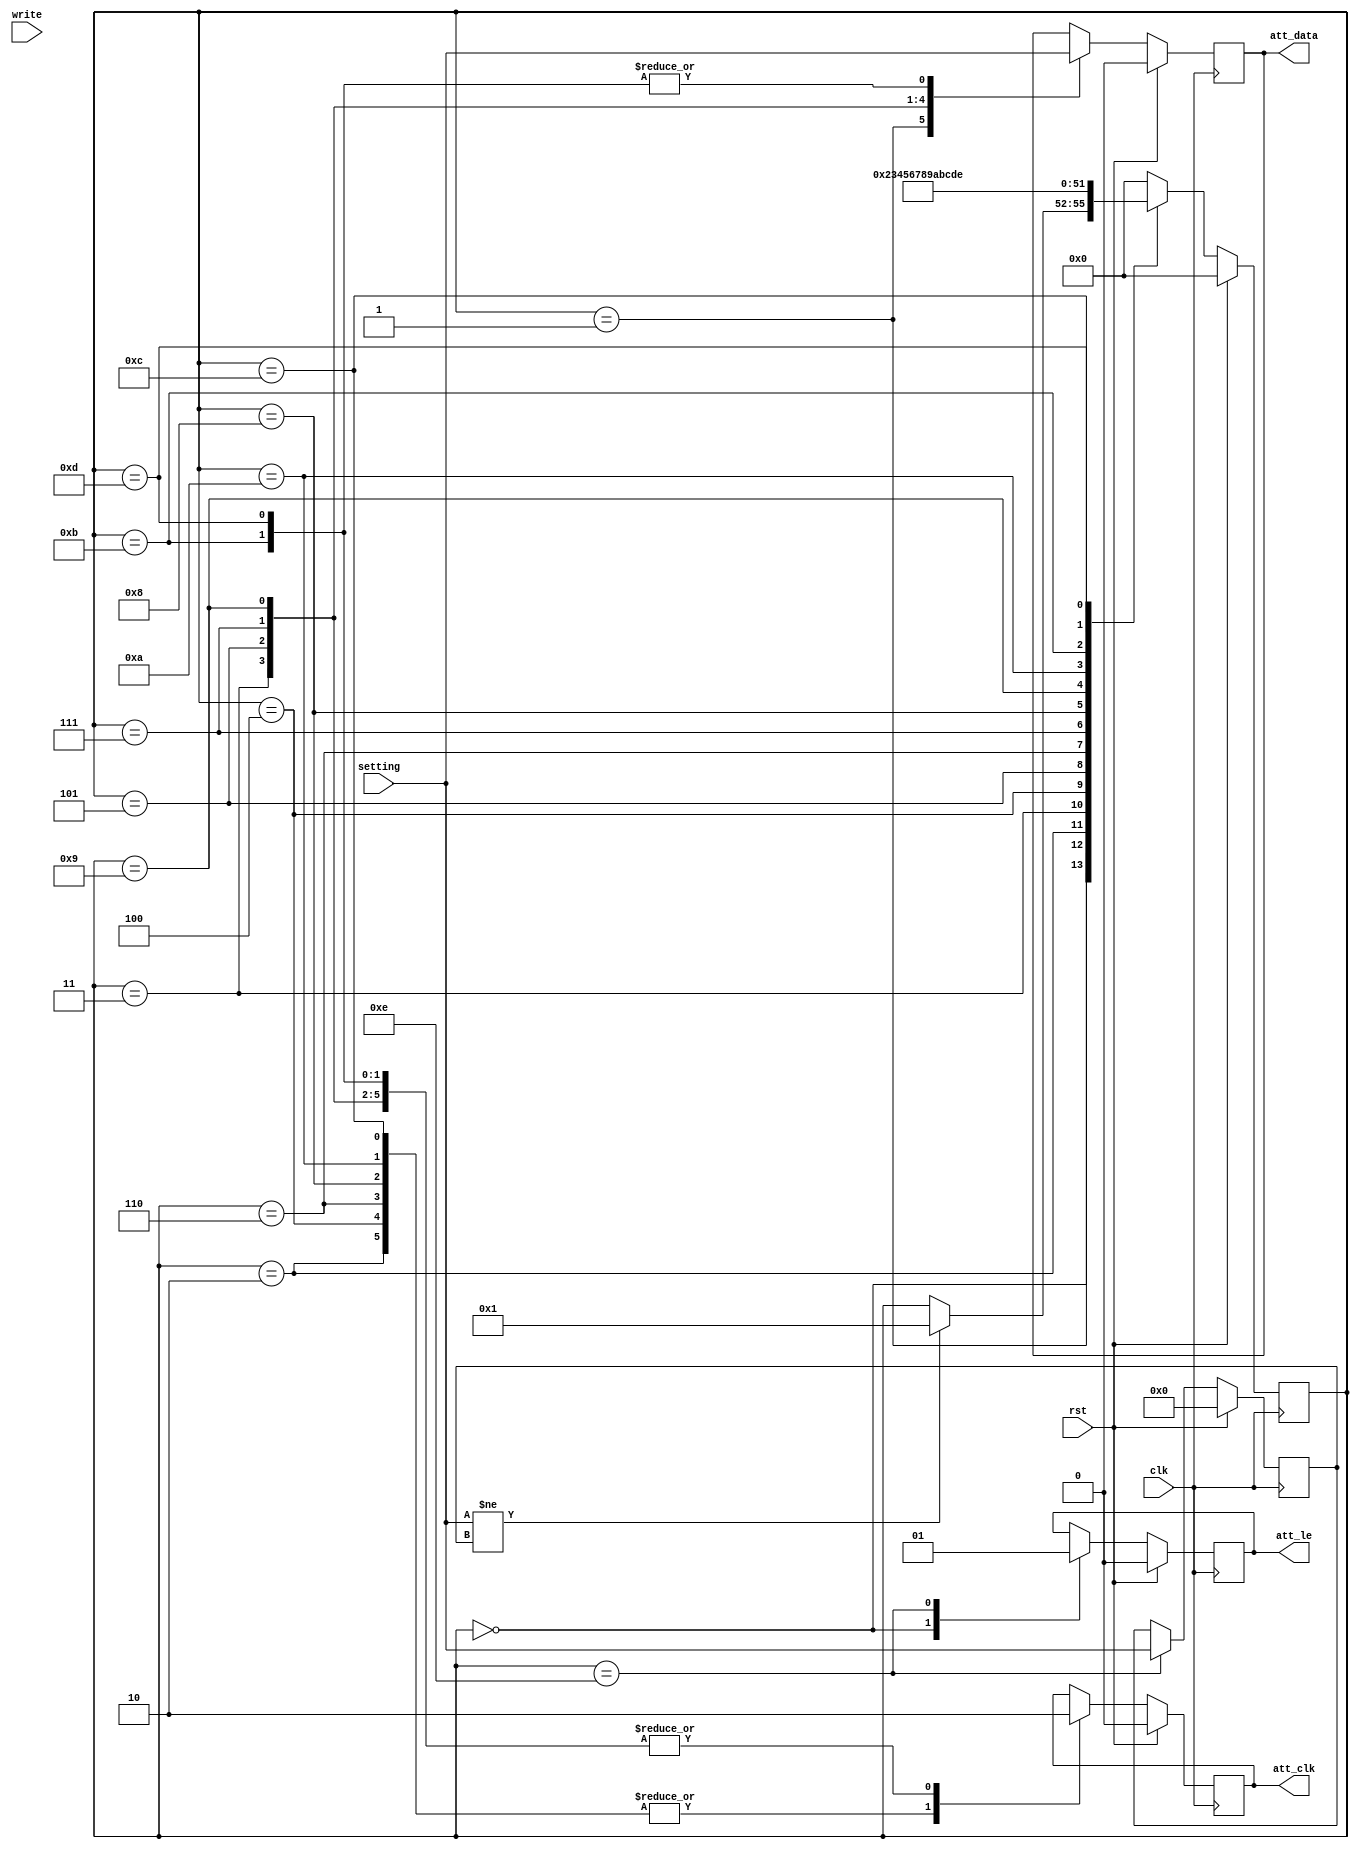
//DAT31.v: MINI-Circuit DAT-31R5-SP digital attenuator serial interface
//Shengli Liu, March27,2017


`timescale 1 ns / 1 ps

module DAT31(
	input clk, //10MHz clk
	input rst,

	input write, //one clk wide pulse,100ns
	
	output reg att_le,
	output reg att_clk,
	output reg att_data,
	
	input [5:0] setting
);

parameter idle = 0,
 		  state_1 = 1, state_1_wait = 2,
		  state_2 = 3, state_2_wait = 4,
		  state_3 = 5, state_3_wait = 6,
		  state_4 = 7, state_4_wait = 8,
		  state_5 = 9, state_5_wait = 10,
		  state_6 = 11,state_6_wait = 12,
		  state_7 = 13, state_7_wait = 14;

reg [3:0] state;
reg [5:0] old_setting;

always @(posedge clk)
begin
	if(rst)	begin att_le <= 0; att_clk <= 0; att_data <= 0; old_setting <= 0; state <= idle; end
	else 
		begin
			case(state)
			idle:
					begin
						att_le <= 0; att_clk <= 0;
						if(setting != old_setting)  state <= state_1; 
					end					
			state_1:				
				    begin 
				        att_data <= setting[5]; 
						state <= state_1_wait; 
					end							
			state_1_wait:
			        begin 
				        att_clk <= 1; 
						state <= state_2; 
					end

			state_2:				
				   begin 
				        att_clk <= 0; 
				        att_data <= setting[4]; 
						state <= state_2_wait; 
					end								
			state_2_wait:
			        begin 
				        att_clk <= 1; 
						state <= state_3; 
					end

			state_3:				
				   begin 
				        att_clk <= 0; 
				        att_data <= setting[3]; 
						state <= state_3_wait; 
					end								
			state_3_wait:
			        begin 
				        att_clk <= 1; 
						state <= state_4; 
					end
			state_4:				
				   begin 
				        att_clk <= 0; 
				        att_data <= setting[2]; 
						state <= state_4_wait; 
					end								
			state_4_wait:
			        begin 
				        att_clk <= 1; 
						state <= state_5; 
					end
			state_5:				
				   begin 
				        att_clk <= 0; 
				        att_data <= setting[1]; 
						state <= state_5_wait; 
					end								
			state_5_wait:
			        begin 
				        att_clk <= 1; 
						state <= state_6; 
					end
			state_6:				
				   begin 
				        att_clk <= 0; 
				        att_data <= setting[0]; 
						state <= state_6_wait; 
					end								
			state_6_wait:
			        begin 
				        att_clk <= 1; 
						state <= state_7; 
					end				
			state_7:
				begin 
				        att_clk <= 0; 
				        att_data <= setting[0]; 
						state <= state_7_wait; 
					end								
			state_7_wait:
			        begin 
				        att_le <= 1; 
				        old_setting <= setting;
						state <= idle; 
					end			
			
			default:	state <= idle;
			
		endcase 
	end
	
end
			
endmodule